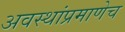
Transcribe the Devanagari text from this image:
अवस्थांप्रमाणेच